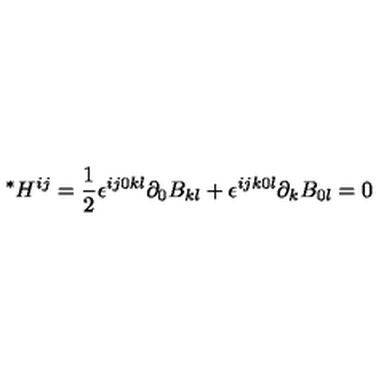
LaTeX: { } ^ { * } H ^ { i j } = \frac { 1 } { 2 } \epsilon ^ { i j 0 k l } \partial _ { 0 } B _ { k l } + \epsilon ^ { i j k 0 l } \partial _ { k } B _ { 0 l } = 0